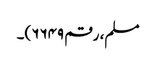
مسلم، رقم ۶۶۴۹)۔